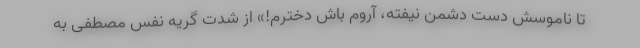
تا ناموسش دست دشمن نیفته، آروم باش دخترم!» از شدت گریه نفس مصطفی به